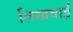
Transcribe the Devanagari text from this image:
लिखवाईं